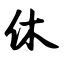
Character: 休